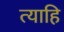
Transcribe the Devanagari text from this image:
त्याहि